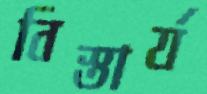
বিস্তার্য